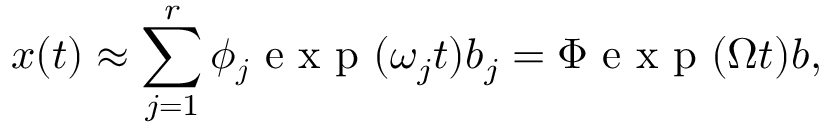
\boldsymbol { x } ( t ) \approx \sum _ { j = 1 } ^ { r } \boldsymbol { \phi _ { j } } \mathrm { ~ e ~ x ~ p ~ } ( \omega _ { j } t ) b _ { j } = \boldsymbol { \Phi } \mathrm { ~ e ~ x ~ p ~ } ( \boldsymbol { \Omega } t ) \boldsymbol { b } ,